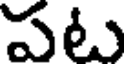
పటు